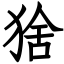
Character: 猞